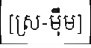
[ស្រ-ម៉ឹម]